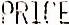
PRICE